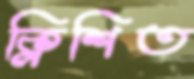
ক্লিশিত